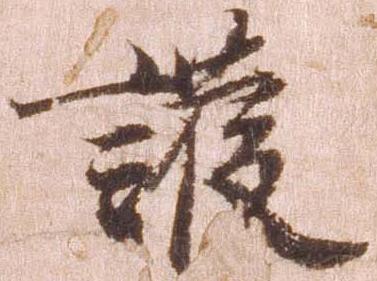
護